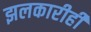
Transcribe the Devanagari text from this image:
झलकारीही